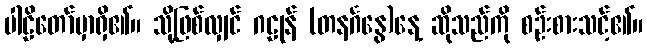
ပါဠိတော်မှာရှိ၏။ သို့ဖြစ်လျှင် ဂဠုန် (တနင်္ဂနွေ)နေ့ ဆိုသည်ကို စဉ်းစားသင့်၏။